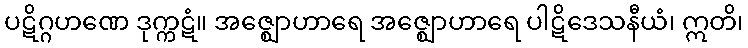
ပဋိဂ္ဂဟဏေ ဒုက္ကဋံ။ အဇ္ဈောဟာရေ အဇ္ဈောဟာရေ ပါဋိဒေသနီယံ၊ ဣတိ၊